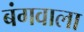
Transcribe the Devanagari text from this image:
बंगवाला